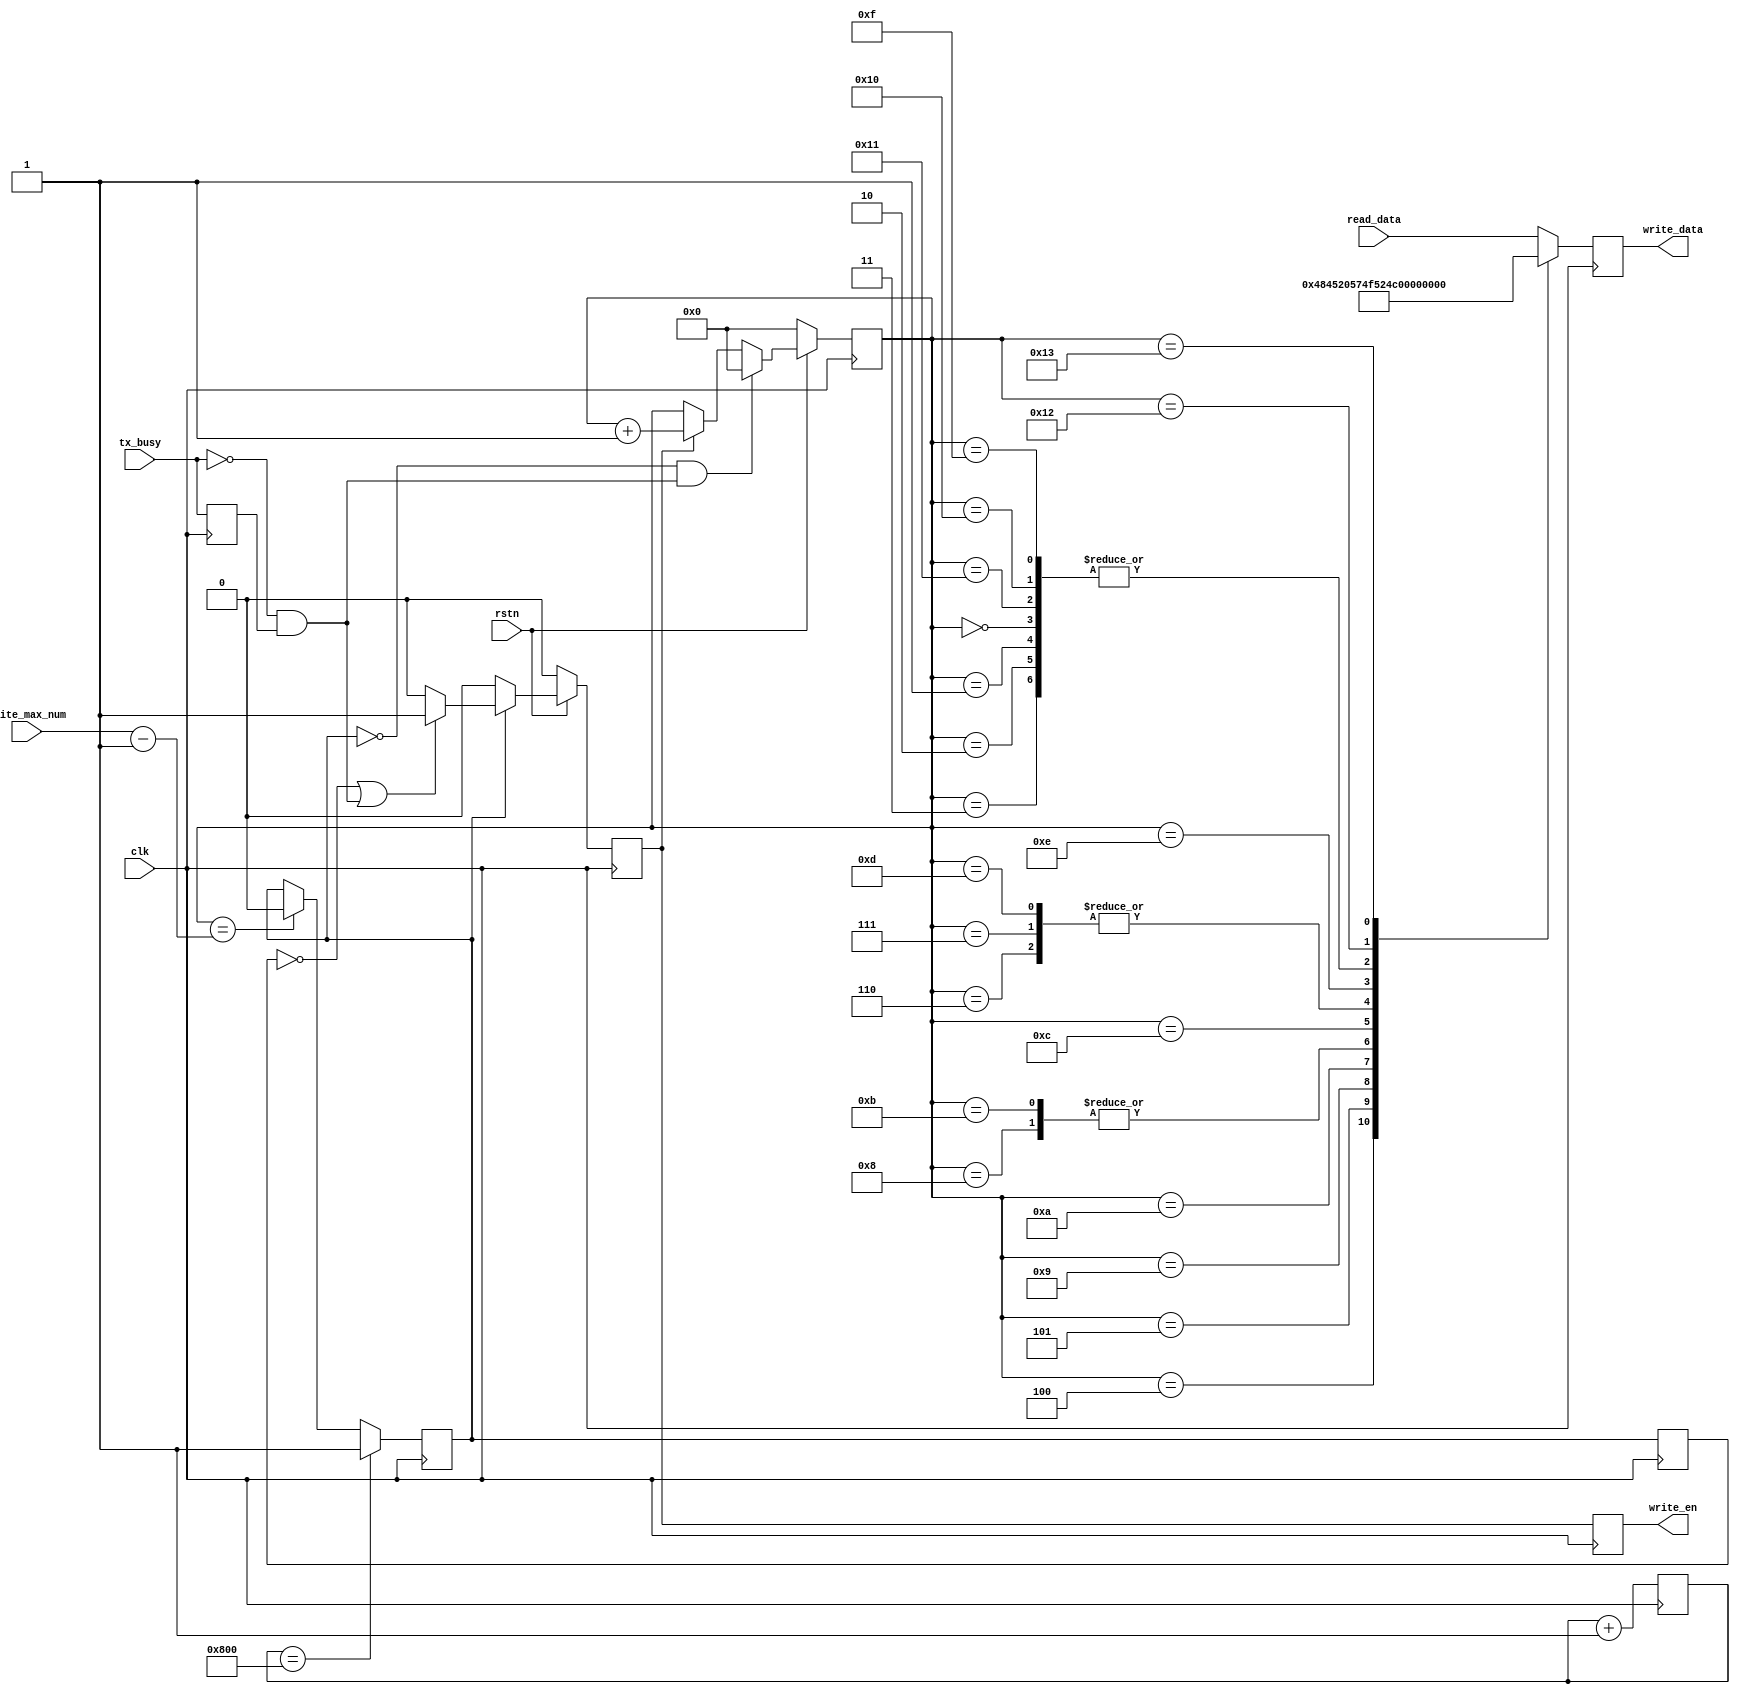
`timescale 1ns / 1ps
//////////////////////////////////////////////////////////////////////////////////
// Company: Myminieye
// 
// Design Name: 
// Module Name: uart_data_gen
// Project Name: 
// Target Devices: 
// Tool Versions: 
// Description: 
// 
// Dependencies: 
// 
// Revision:
// Revision 0.01 - File Created
// Additional Comments:
// 
//////////////////////////////////////////////////////////////////////////////////

`define	UD #1
module uart_data_gen(
    input               clk,
    input               rstn,
    input      [7:0]    read_data,
    input               tx_busy,
    input      [7:0]    write_max_num,
    output reg [7:0]    write_data,
    output reg          write_en
);
    
    // set every second send a string,"====HELLO WORLD==="
    // 
    reg [23:0] time_cnt=0;  
    reg [ 7:0] data_num;
    always @(posedge clk)
    begin
        time_cnt <= `UD time_cnt + 24'd1;
    end
    
    // 
    reg        work_en=0;
    reg        work_en_1d=0;
    always @(posedge clk)
    begin
        if(time_cnt == 25'd2048)
            work_en <= `UD 1'b1;
        else if(data_num == write_max_num-1'b1)
            work_en <= `UD 1'b0;
    end
    
    always @(posedge clk)
    begin
        work_en_1d <= `UD work_en;
    end

    // get the tx_busys falling edge   tx_busy
    reg            tx_busy_reg=0;
    wire           tx_busy_f;
    always @ (posedge clk) tx_busy_reg <= `UD tx_busy;
    
    assign tx_busy_f = (!tx_busy) && (tx_busy_reg);
    
    // 
    reg write_pluse;
    always @ (posedge clk)
    begin
        if(!rstn)
            write_pluse <= `UD 1'b0;
        else if(work_en)
        begin
            if(~work_en_1d || tx_busy_f)
                write_pluse <= `UD 1'b1;
            else
                write_pluse <= `UD 1'b0;
        end
        else
            write_pluse <= `UD 1'b0;
    end
    
    always @ (posedge clk)
    begin
        if(!rstn)
            data_num	<= `UD 8'h0;
        else if(~work_en & tx_busy_f)
            data_num   <= 7'h0;
        else if(write_pluse)
            data_num   <= data_num + 8'h1;
    end
    
    always @(posedge clk)
    begin
        write_en <= `UD write_pluse;
    end

//  ASCII
// H:0x48      E:0x45     L:0x4C    O:0x4F   W:0x57    R:0x52    D:0x44
    always @ (posedge clk)
    begin
        case(data_num)
            8'h0  ,	
            8'h1  ,
            8'h2  ,
            8'h3  :	write_data <= `UD 8'h3D;// ASCII code is =
            8'h4  :	write_data <= `UD 8'h48;// ASCII code is H
            8'h5  :	write_data <= `UD 8'h45;// ASCII code is E
            8'h6  :	write_data <= `UD 8'h4C;// ASCII code is L
            8'h7  :	write_data <= `UD 8'h4C;// ASCII code is L
            8'h8  :	write_data <= `UD 8'h4F;// ASCII code is 0
            8'h9  :	write_data <= `UD 8'h20;// ASCII code is  
            8'ha  :	write_data <= `UD 8'h57;// ASCII code is W
            8'hb  :	write_data <= `UD 8'h4F;// ASCII code is O
            8'hc  :	write_data <= `UD 8'h52;// ASCII code is R  
            8'hd  :	write_data <= `UD 8'h4C;// ASCII code is L  
            8'he  :	write_data <= `UD 8'h44;// ASCII code is D    
            8'hf  ,
            8'h10 ,  
            8'h11 :	write_data <= `UD 8'h3D;// ASCII code is = 
            8'h12 :	write_data <= `UD 8'h0d;
            8'h13 :	write_data <= `UD 8'h0a;
            default :	write_data <= `UD read_data;
        endcase
    end

endmodule